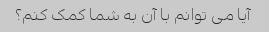
آیا می توانم با آن به شما کمک کنم؟